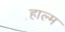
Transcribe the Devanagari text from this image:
हाल्म